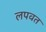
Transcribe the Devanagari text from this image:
लपवत